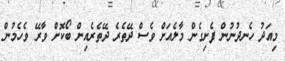
މިއަދު ހެނދުނުން ފެށިގެން މާލެއަށް ވެސް ދޭތެރެ ދޭތެރެއިން ބޯކޮށް ވާރޭ ވެހެމުން